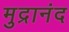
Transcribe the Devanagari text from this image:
मुद्रानंद